Annual report on the Civil Veterinary Department, Burma (including the Insein Veterinary School) - 1923-1931
Year: 1923
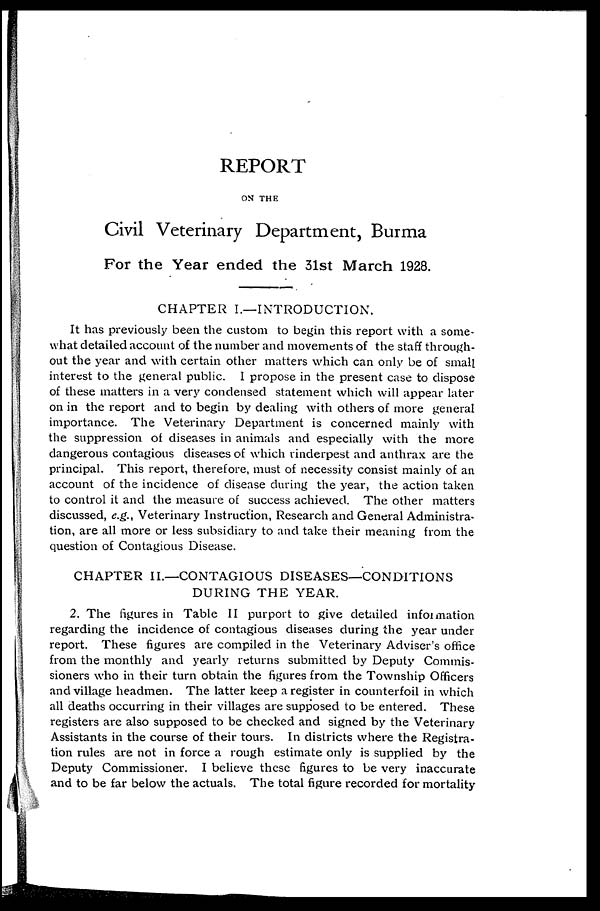
REPORT
ON THE
Civil Veterinary Department, Burma
For the Year ended the 31st March 1928.
CHAPTER I.—INTRODUCTION.
It has previously been the custom to begin this report with a some-
what detailed account of the number and movements of the staff through-
out the year and with certain other matters which can only be of small
interest to the general public. I propose in the present case to dispose
of these matters in a very condensed statement which will appear later
on in the report and to begin by dealing with others of more general
importance. The Veterinary Department is concerned mainly with
the suppression of diseases in animals and especially with the more
dangerous contagious diseases of which rinderpest and anthrax are the
principal. This report, therefore, must of necessity consist mainly of an
account of the incidence of disease during the year, the action taken
to control it and the measure of success achieved. The other matters
discussed, e.g., Veterinary Instruction, Research and General Administra-
tion, are all more or less subsidiary to and take their meaning from the
question of Contagious Disease.
CHAPTER II.—CONTAGIOUS DISEASES—CONDITIONS
DURING THE YEAR.
2. The figures in Table II purport to give detailed information
regarding the incidence of contagious diseases during the year under
report. These figures are compiled in the Veterinary Adviser's office
from the monthly and yearly returns submitted by Deputy Commis-
sioners who in their turn obtain the figures from the Township Officers
and village headmen. The latter keep a register in counterfoil in which
all deaths occurring in their villages are supposed to be entered. These
registers are also supposed to be checked and signed by the Veterinary
Assistants in the course of their tours. In districts where the Registra-
tion rules are not in force a rough estimate only is supplied by the
Deputy Commissioner. I believe these figures to be very inaccurate
and to be far below the actuals. The total figure recorded for mortality